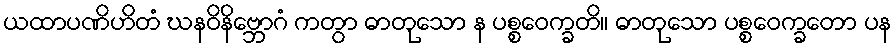
ယထာပဏိဟိတံ ဃနဝိနိဗ္ဘောဂံ ကတွာ ဓာတုသော န ပစ္စဝေက္ခတိ။ ဓာတုသော ပစ္စဝေက္ခတော ပန